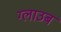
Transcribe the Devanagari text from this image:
ग्लाउब